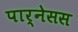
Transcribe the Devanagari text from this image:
पार्नेसस